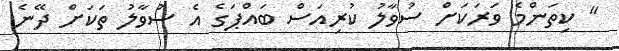
" ކިތަންމެ ވަރަކަށް ސުވާލު ކުރިއަސް ބައްޕަގެ އެ ސުވާލު ތަކަށް ދޭނެ